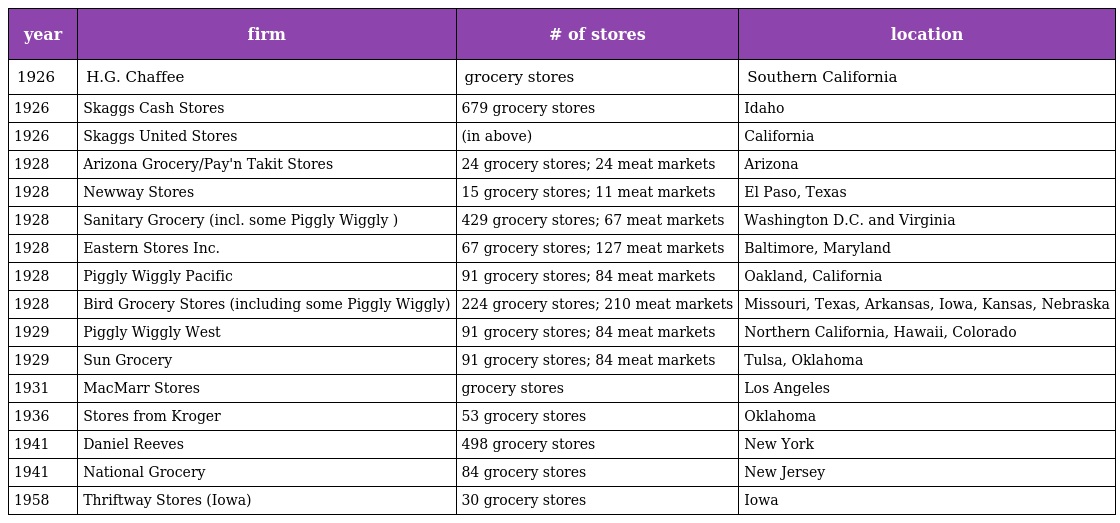
| year | firm | # of stores | location |
 | --- | --- | --- | --- |
 | 1926 | H.G. Chaffee | grocery stores | Southern California |
 | 1926 | Skaggs Cash Stores | 679 grocery stores | Idaho |
 | 1926 | Skaggs United Stores | (in above) | California |
 | 1928 | Arizona Grocery/Pay'n Takit Stores | 24 grocery stores; 24 meat markets | Arizona |
 | 1928 | Newway Stores | 15 grocery stores; 11 meat markets | El Paso, Texas |
 | 1928 | Sanitary Grocery (incl. some Piggly Wiggly ) | 429 grocery stores; 67 meat markets | Washington D.C. and Virginia |
 | 1928 | Eastern Stores Inc. | 67 grocery stores; 127 meat markets | Baltimore, Maryland |
 | 1928 | Piggly Wiggly Pacific | 91 grocery stores; 84 meat markets | Oakland, California |
 | 1928 | Bird Grocery Stores (including some Piggly Wiggly) | 224 grocery stores; 210 meat markets | Missouri, Texas, Arkansas, Iowa, Kansas, Nebraska |
 | 1929 | Piggly Wiggly West | 91 grocery stores; 84 meat markets | Northern California, Hawaii, Colorado |
 | 1929 | Sun Grocery | 91 grocery stores; 84 meat markets | Tulsa, Oklahoma |
 | 1931 | MacMarr Stores | grocery stores | Los Angeles |
 | 1936 | Stores from Kroger | 53 grocery stores | Oklahoma |
 | 1941 | Daniel Reeves | 498 grocery stores | New York |
 | 1941 | National Grocery | 84 grocery stores | New Jersey |
 | 1958 | Thriftway Stores (Iowa) | 30 grocery stores | Iowa |